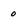
Character: 0